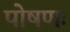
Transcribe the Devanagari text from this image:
पोषणः